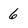
Character: 6